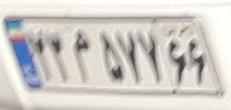
۲۳م۵۷۷۶۶